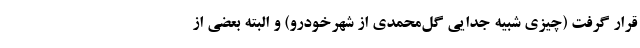
قرار گرفت (چیزی شبیه جدایی گل‌محمدی از شهرخودرو) و البته بعضی از